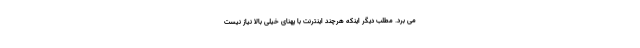
می برد. مطلب دیگر اینکه هرچند اینترنت با پهنای خیلی بالا نیاز نیست